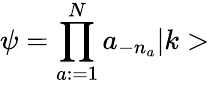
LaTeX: \psi=\prod_{a:=1}^{N}a_{-n_{a}}\vert k>